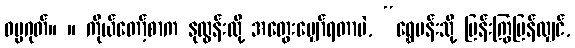
ဓမ္မဂုတ်။ ။ ကိုယ်တော့်စာက နုလွန်းလို့ အတွေးမျှော်ရတာပဲ, “ရွှေမန်းသို့ မြန်းကြွပြန်လျှင်,